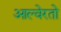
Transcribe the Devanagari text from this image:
आल्वेरतो